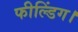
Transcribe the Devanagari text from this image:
फील्डिंग।